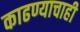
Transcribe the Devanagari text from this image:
काढण्याचाही